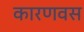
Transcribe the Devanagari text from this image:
कारणवस